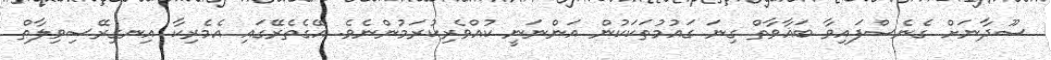
ސޫދާނަށް ގެނެސްފައިވާ ބަޣާވާތް ގިނަ ގައުމުތަކަކުން އަންނަނީ ކުއްވެރިކުރަމުންނެވެ. އޭގެތެރޭގައި އެމެރިކާ އިނގިރޭސިވިލާތް